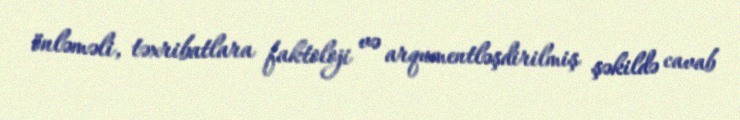
önləməli, təxribatlara faktoloji və arqumentləşdirilmiş şəkildə cavab